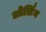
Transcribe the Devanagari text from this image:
ओर्लिम